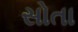
સોતા